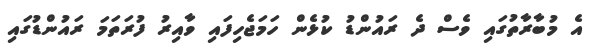
އެ މުބާރާތުގައި ވެސް ދެ ރައުންޑު ކުޅެން ހަމަޖެހިފައި ވާއިރު ފުރަތަމަ ރައުންޑުގައި